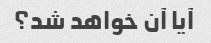
آیا آن خواهد شد؟